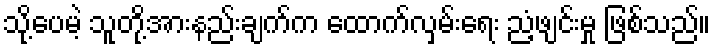
သို့ပေမဲ့ သူတို့အားနည်းချက်က ထောက်လှမ်းရေး ညံ့ဖျင်းမှု ဖြစ်သည်။